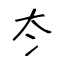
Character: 冭